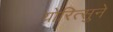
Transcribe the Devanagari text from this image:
योरित्सुने